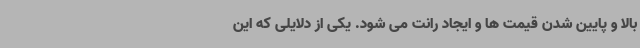
بالا و پایین شدن قیمت ها و ایجاد رانت می شود. یکی از دلایلی که این